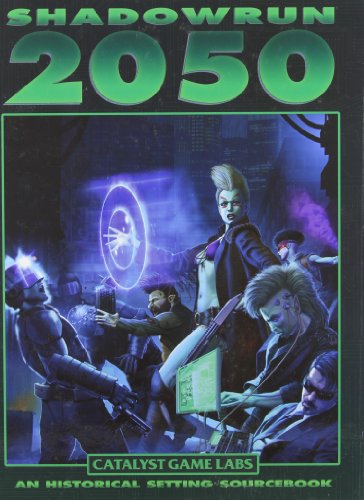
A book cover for Shadowrun 2050 (Shadowrun (Catalyst Hardcover)); Jean-Marc Comeau; Science Fiction & Fantasy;